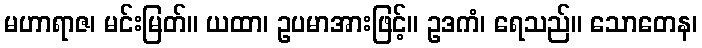
မဟာရာဇ၊ မင်းမြတ်။ ယထာ၊ ဥပမာအားဖြင့်။ ဥဒကံ၊ ရေသည်။ သောတေန၊